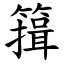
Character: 䉗